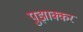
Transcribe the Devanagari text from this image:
पुझाक्कर